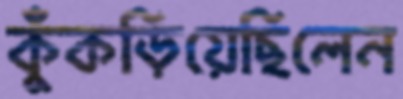
কুঁকড়িয়েছিলেন